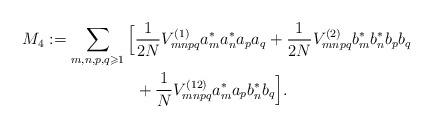
LaTeX: \begin{align*}M_4:=\sum_{m,n,p,q\geqslant 1}\Big[&\frac{1}{2N}V^{(1)}_{mnpq}a^*_ma^*_na_pa_q+\frac{1}{2N}V^{(2)}_{mnpq}b^*_mb^*_nb_pb_q\\&+\frac{1}{N}V^{(12)}_{mnpq}a^*_ma_pb^*_nb_q\Big].\end{align*}